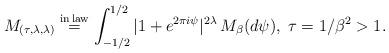
LaTeX: \begin{align*}M_{(\tau,\lambda,\lambda)} \overset{{\rm in \,law}}{=} \int_{-1/2}^{1/2} |1+e^{2\pi i\psi}|^{2\lambda}\, M_{\beta}(d\psi),\; \tau=1/\beta^2>1.\end{align*}